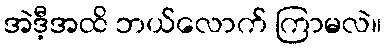
အဲဒီ့အထိ ဘယ်လောက် ကြာမလဲ။